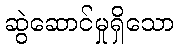
ဆွဲဆောင်မှုရှိသော